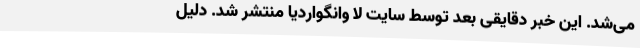
می‌شد. این خبر دقایقی بعد توسط سایت لا وانگواردیا منتشر شد. دلیل